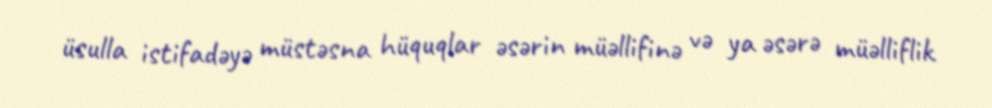
üsulla istifadəyə müstəsna hüquqlar əsərin müəllifinə və ya əsərə müəlliflik